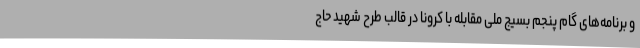
و برنامه‌های گام پنجم بسیج ملی مقابله با کرونا در قالب طرح شهید حاج